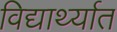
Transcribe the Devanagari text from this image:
विद्यार्थ्यात